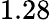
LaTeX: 1.28